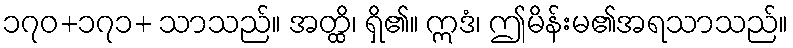
၁၇၀+၁၇၁+ သာသည်။ အတ္ထိ၊ ရှိ၏။ ဣဒံ၊ ဤမိန်းမ၏အရသာသည်။